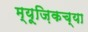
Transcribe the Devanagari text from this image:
म्यूज़िकच्या